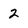
Character: 2